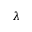
\lambda